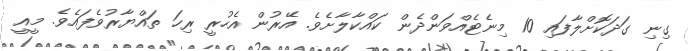
ގިނި ގަދަކޮށްލާފައި 10 މިނެޓެއްވަންދެން ކައްކާލާށެވެ. އޭރުން އެހުރީ ރިހަ ތައްޔާރުވެފައެވެ. މީއީ